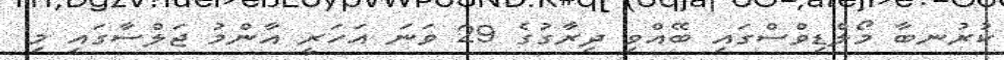
ކުރުނބާ މޯލްޑިވްސްގައި ބޭއްވި ދިރާގުގެ 29 ވަނަ އަހަރީ އާންމު ޖަލްސާގައި މި